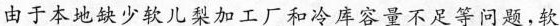
由于本地缺少软儿梨加工厂和冷库容量不足等问题，软